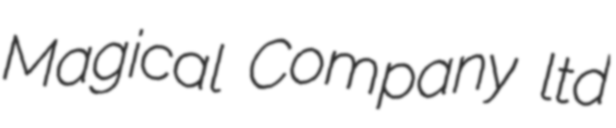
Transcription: Magical Company ltd